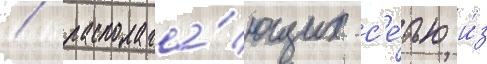
/ располага́ющих с'е́тью и́з